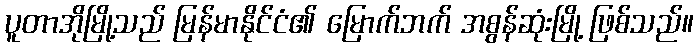
ပူတာအိုမြို့သည် မြန်မာနိုင်ငံ၏ မြောက်ဘက် အစွန်ဆုံးမြို့ ဖြစ်သည်။